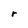
Character: r